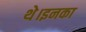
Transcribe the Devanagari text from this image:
थे।इनका